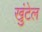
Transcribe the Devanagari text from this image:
खुंटेल